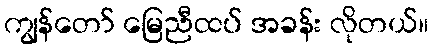
ကျွန်တော် မြေညီထပ် အခန်း လိုတယ်။